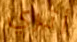
أتري